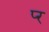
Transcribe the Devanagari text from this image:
प्‍र